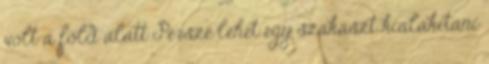
volt a föld alatt Persze lehet egy szakaszt kialakítani